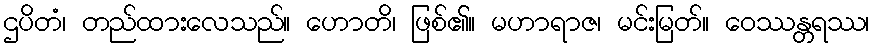
ဌပိတံ၊ တည်ထားလေသည်။ ဟောတိ၊ ဖြစ်၏။ မဟာရာဇ၊ မင်းမြတ်။ ဝေဿန္တရဿ၊